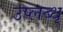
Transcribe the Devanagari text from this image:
उप्लब्ध्